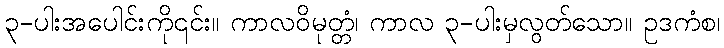
၃-ပါးအပေါင်းကို၎င်း။ ကာလဝိမုတ္တံ၊ ကာလ ၃-ပါးမှလွတ်သော။ ဥဒကံစ၊